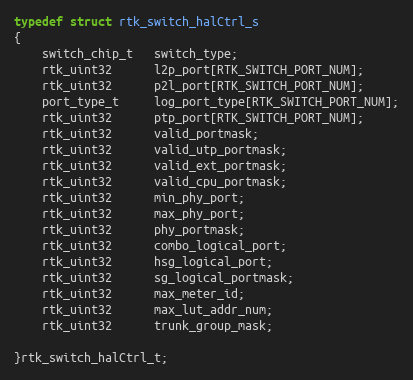
Language: C
typedef struct rtk_switch_halCtrl_s
{
    switch_chip_t   switch_type;
    rtk_uint32      l2p_port[RTK_SWITCH_PORT_NUM];
    rtk_uint32      p2l_port[RTK_SWITCH_PORT_NUM];
    port_type_t     log_port_type[RTK_SWITCH_PORT_NUM];
    rtk_uint32      ptp_port[RTK_SWITCH_PORT_NUM];
    rtk_uint32      valid_portmask;
    rtk_uint32      valid_utp_portmask;
    rtk_uint32      valid_ext_portmask;
    rtk_uint32      valid_cpu_portmask;
    rtk_uint32      min_phy_port;
    rtk_uint32      max_phy_port;
    rtk_uint32      phy_portmask;
    rtk_uint32      combo_logical_port;
    rtk_uint32      hsg_logical_port;
    rtk_uint32      sg_logical_portmask;
    rtk_uint32      max_meter_id;
    rtk_uint32      max_lut_addr_num;
    rtk_uint32      trunk_group_mask;

}rtk_switch_halCtrl_t;